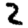
Digit: 2